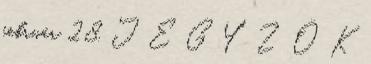
február 28. J E G Y Z Ő K